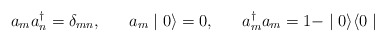
\begin{align*}a_{m} a^{\dagger}_{n} = \delta_{mn}, \;\;\;\;\;\; a_{m} \mid 0 \rangle = 0, \;\;\;\;\;\; a^{\dagger}_{m} a_{m} = 1 - \mid 0 \rangle \langle 0 \mid\end{align*}